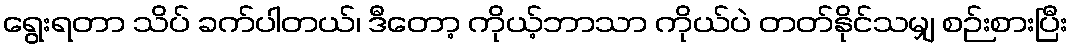
ရွေးရတာ သိပ် ခက်ပါတယ်၊ ဒီတော့ ကိုယ့်ဘာသာ ကိုယ်ပဲ တတ်နိုင်သမျှ စဉ်းစားပြီး